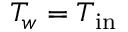
T _ { w } = T _ { \mathrm { i n } }